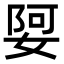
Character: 娿